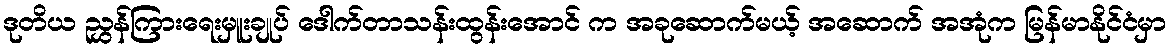
ဒုတိယ ညွှန်ကြားရေးမှူးချုပ် ဒေါက်တာသန်းထွန်းအောင် က အခုဆောက်မယ့် အဆောက် အအုံက မြန်မာနိုင်ငံမှာ